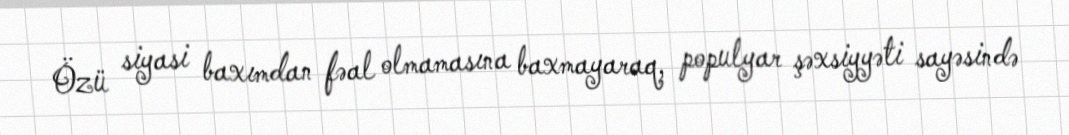
Özü siyasi baxımdan fəal olmamasına baxmayaraq, populyar şəxsiyyəti sayəsində